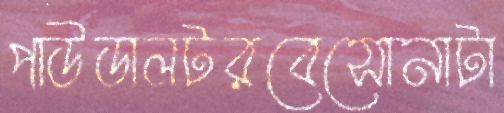
পাউডালটরবেসোনাটা